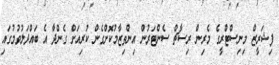
ފިޝަރީޒް މިނިސްޓްރީގެ މެރިން ރިސާޗް ސެންޓަރުން އިންތިޒާމުކޮށްގެން ކުރިއަށް ގެންދާ އެ ބައްދަލުވުމުގައި